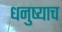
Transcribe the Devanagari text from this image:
धनुष्याच